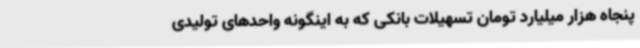
پنجاه هزار میلیارد تومان تسهیلات بانکی که به اینگونه واحدهای تولیدی